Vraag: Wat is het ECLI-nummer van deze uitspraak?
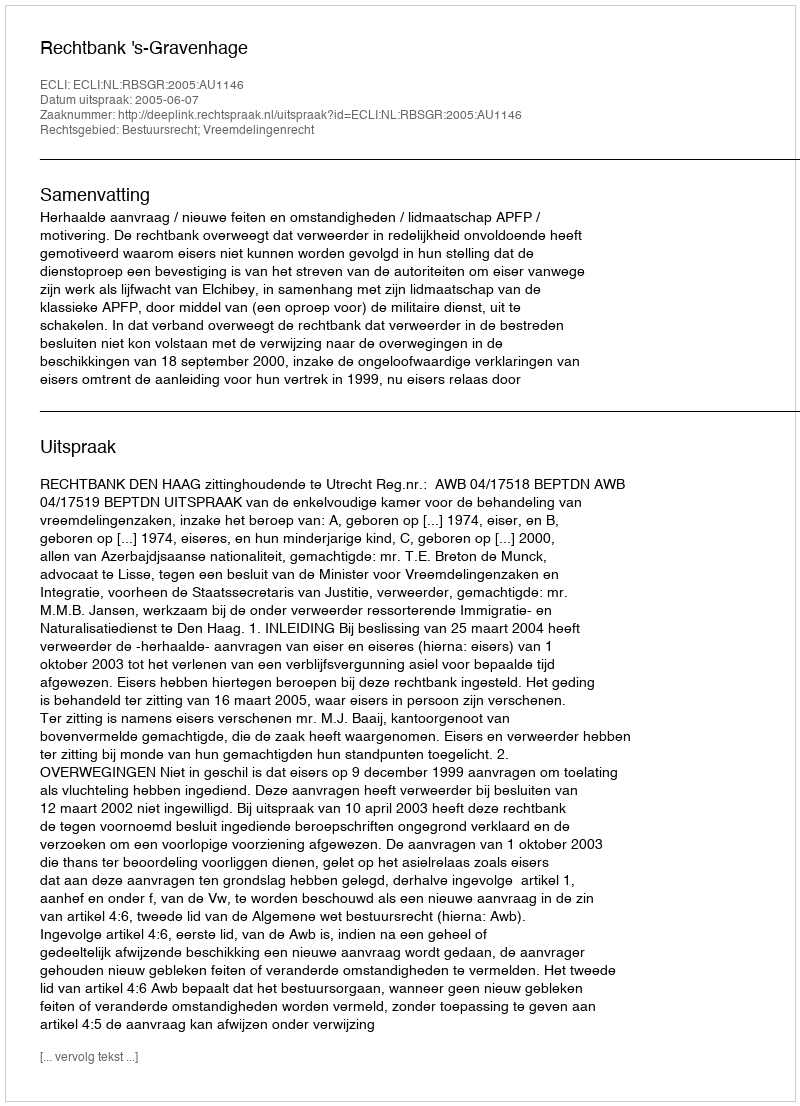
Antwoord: ECLI:NL:RBSGR:2005:AU1146